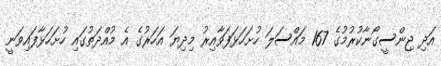
އަދި ޖިންސީގޯނާކުރުމުގެ 167 މައްސަލަ ހުށަހަޅަފަވާއިރު މިދިޔަ އަހަރުގެ އެ މުއްދަތުގައި ހުށަހަޅާފައިވަނީ